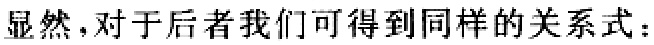
显然，对于后者我们可得到同样的关系式：